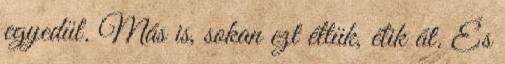
egyedül. Más is, sokan ezt éltük, élik át. És